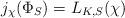
LaTeX: \begin{align*}j_{\chi}(\Phi_{S}) = L_{K,S}(\chi)\end{align*}